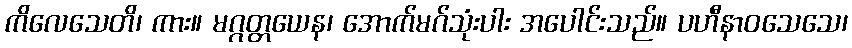
ကိလေသေတိ၊ ကား။ မဂ္ဂတ္တယေန၊ အောက်မဂ်သုံးပါး အပေါင်းသည်။ ပဟီနာဝသေသေ၊